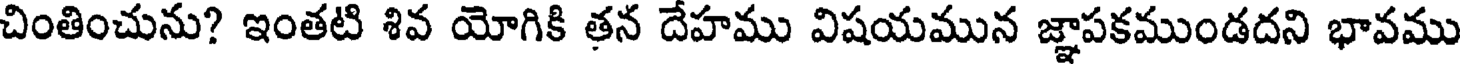
చింతించును? ఇంతటి శివ యోగికి తన దేహము విషయమున జ్ఞాపకముండదని భావము